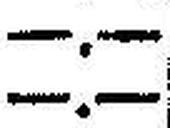
—.—